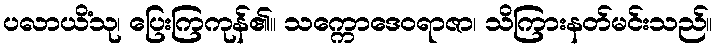
ပလာယိံသု၊ ပြေးကြကုန်၏။ သက္ကောဒေဝရာဇာ၊ သိကြားနတ်မင်းသည်။